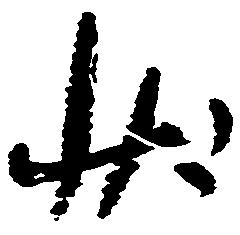
状